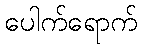
ပေါက်ရောက်